Indian journal of veterinary science and animal husbandry - Volumes 18-21, 1948-1951
Year: 1948
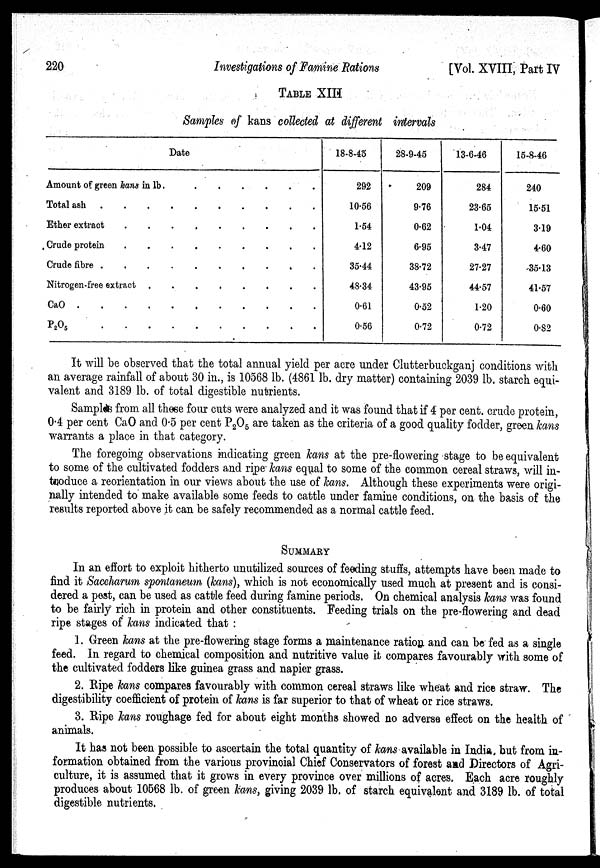
220
Investigations of Famine Rations
[Vol. XVIII, Part IV
TABLE XIII
Samples of kans collected at different intervals
Date
Amount of green kans in lb
Total ash
Ether extract
Crude protein
Crude fibre
Nitrogen-free extract
CaO
P 2 O 5
18-8-46
292
10.56
1.54
4.12
35.44
48.34
0.61
0.56
28-9-45
209
9.76
0.62
6.95
38.72
43.95
0.52
0.72
13-6-46
284
23.65
1.04
3.47
27.27
44.57
1.20
0.72
15-8-46
240
15.51
3.19
4.60
35.13
41.57
0.60
0.82
It will be observed that the total annual yield per acre under Clutterbuckganj conditions with
an average rainfall of about 30 in., is 10568 lb. (4861 lb. dry matter) containing 2039 lb. starch equi-
valent and 3189 lb. of total digestible nutrients.
Samples from all these four cuts were analyzed and it was found that if 4 per cent. crude protein,
0.4 per cent CaO and 0.5 per cent P 2 O 5 are taken as the criteria of a good quality fodder, green kans
warrants a place in that category.
The foregoing observations indicating green kans at the pre-flowering stage to be equivalent
to some of the cultivated fodders and ripe kans equal to some of the common cereal straws, will in-
troduce a reorientation in our views about the use of kans. Although these experiments were origi-
nally intended to make available some feeds to cattle under famine conditions, on the basis of the
results reported above it can be safely recommended as a normal cattle feed.
SUMMARY
In an effort to exploit hitherto unutilized sources of feeding stuffs, attempts have been made to
find it Saceharum spontaneum (kans), which is not economically used much at present and is consi-
dered a pest, can be used as cattle feed during famine periods. On chemical analysis kans was found
to be fairly rich in protein and other constituents. Feeding trials on the pre-flowering and dead
ripe stages of kans indicated that :
1. Green kans at the pre-flowering stage forms a maintenance ration and can be fed as a single
feed. In regard to chemical composition and nutritive value it compares favourably with some of
the cultivated fodders like guinea grass and napier grass.
2. Ripe kans compares favourably with common cereal straws like wheat and rice straw. The
digestibility coefficient of protein of kans is far superior to that of wheat or rice straws.
3. Ripe kans roughage fed for about eight months showed no adverse effect on the health of
animals.
It has not been possible to ascertain the total quantity of kans available in India but from in-
formation obtained from the various provincial Chief Conservators of forest and Directors of Agri-
culture, it is assumed that it grows in every province over millions of acres. Each acre roughly
produces about 10568 lb. of green kans, giving 2039 lb. of starch equivalent and 3189 lb. of total
digestible nutrients.